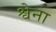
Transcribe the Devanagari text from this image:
श्वेना